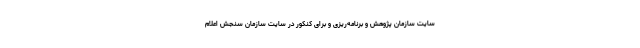
سایت سازمان پژوهش و برنامه‌ریزی و برای کنکور در سایت سازمان سنجش اعلام